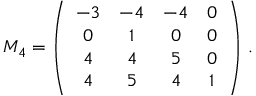
M _ { 4 } = \left( \begin{array} { c c c c } { { - 3 } } & { { - 4 } } & { { - 4 } } & { { 0 } } \\ { { 0 } } & { { 1 } } & { { 0 } } & { { 0 } } \\ { { 4 } } & { { 4 } } & { { 5 } } & { { 0 } } \\ { { 4 } } & { { 5 } } & { { 4 } } & { { 1 } } \end{array} \right) \, .